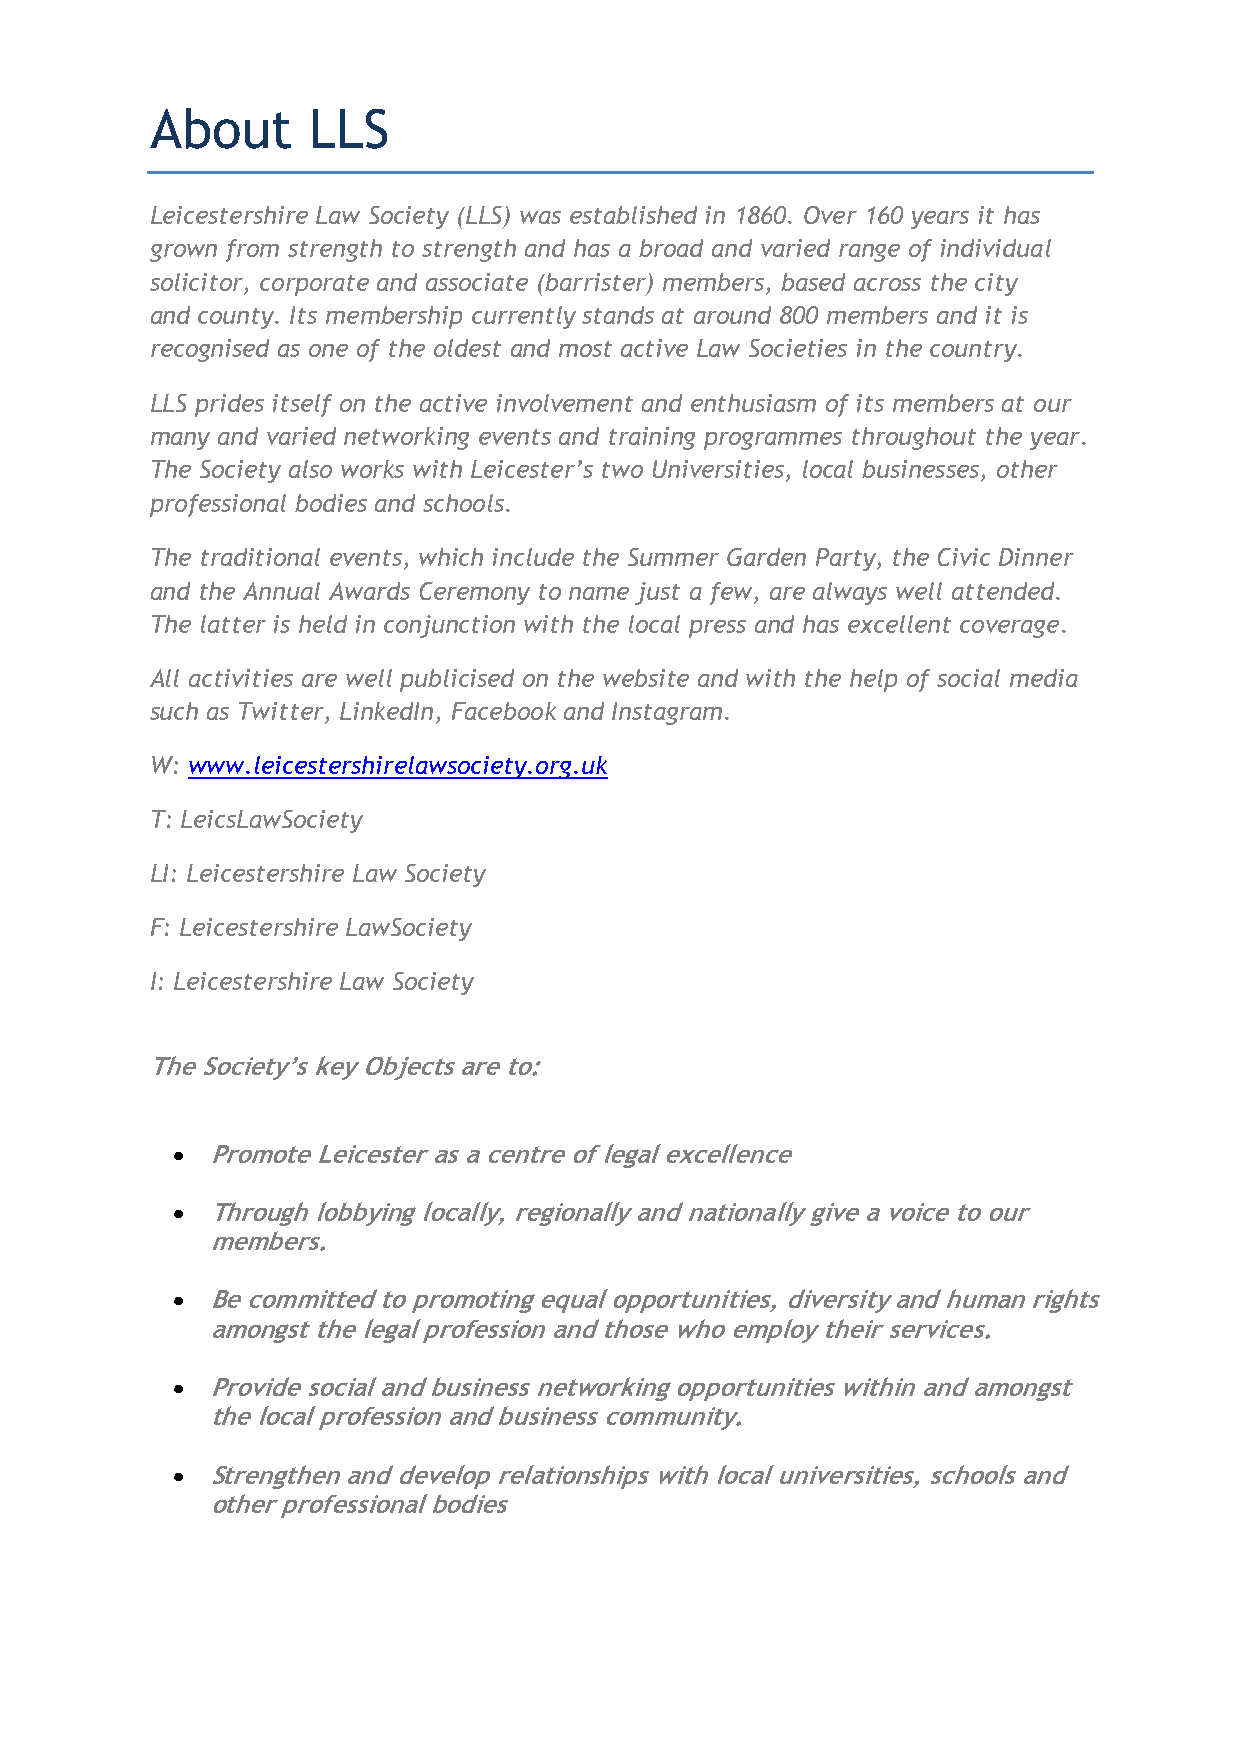
About     LLS
 Leicestershire Law Society (LLS) was established in 1860. Over 160 years it has
 grown from strength to strength and has a broad and varied range of individual
 solicitor, corporate and associate (barrister) members, based across the city
 and county. Its membership currently stands at around 800 members and it is
 recognised as one of the oldest and most active Law Societies in the country.
 LLS prides itself on the active involvement and enthusiasm of its members at our
 many and varied networking events and training programmes throughout the year.
 The Society also works with Leicester’s two Universities, local businesses, other
 professional bodies and schools.
 The traditional events, which include the Summer Garden Party, the Civic Dinner
 and the Annual Awards Ceremony to name just a few, are always well attended.
 The latter is held in conjunction with the local press and has excellent coverage.
 All activities are well publicised on the website and with the help of social media
 such as Twitter, LinkedIn, Facebook and Instagram.
 W: www.leicestershirelawsociety.org.uk
 T: LeicsLawSociety
 LI: Leicestershire Law Society
 F: Leicestershire LawSociety
 I: Leicestershire Law Society
 The Society’s key Objects are to:
 •  Promote Leicester as a centre of legal excellence
 •  Through lobbying locally, regionally and nationally give a voice to our
 members.
 •  Be committed to promoting equal opportunities, diversity and human rights
 amongst the legal profession and those who employ their services.
 •  Provide social and business networking opportunities within and amongst
 the local profession and business community.
 •  Strengthen and develop relationships with local universities, schools and
 other professional bodies